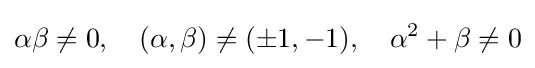
\alpha \beta \neq 0,\quad (\alpha ,\beta )\neq (\pm 1,-1),\quad \alpha ^{2}+\beta \neq 0